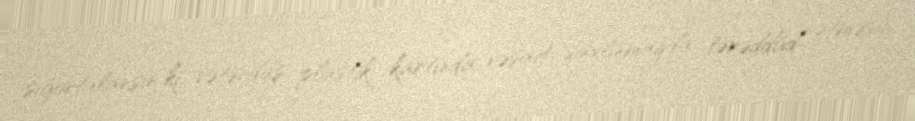
sığortalansın ki, vətəndaş plastik kartında vəsait saxlamaqda tərəddüd etməsin.